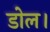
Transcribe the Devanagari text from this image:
डोल।